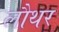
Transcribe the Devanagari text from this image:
लौथर